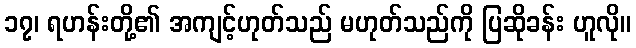
၁၇၊ ရဟန်းတို့၏ အကျင့်ဟုတ်သည် မဟုတ်သည်ကို ပြဆိုခန်း ဟူလို။